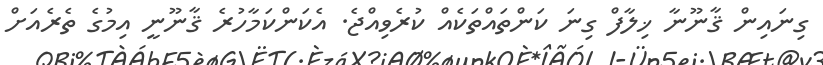
ގިނައިން ޤާނޫނާ ޚިލާފް ގިނަ ކަންތައްތަކެއް ކުރެވިއްޖެ. އެކަންކަމާހުރެ ޤާނޫނީ އިމުގެ ތެރެއަށް